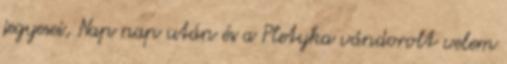
jegyesei, Nap nap után és a Pletyka vándorolt velem